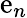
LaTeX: \mathrm{e}_{n}